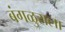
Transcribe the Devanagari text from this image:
बंगळुराला